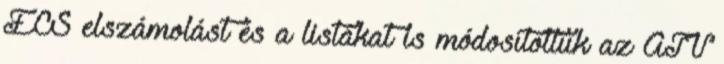
ÉCS elszámolást és a listákat is módosítottuk az ATV